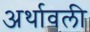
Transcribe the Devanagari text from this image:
अर्थावली